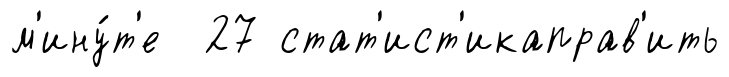
м'ину́т'е 27 стат'ист'икаправ'ить